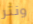
ونتر